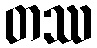
တဿ